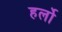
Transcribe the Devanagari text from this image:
हर्लो